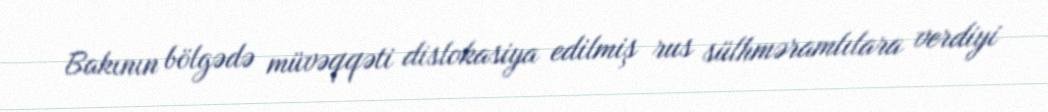
Bakının bölgədə müvəqqəti dislokasiya edilmiş rus sülhməramlılara verdiyi